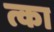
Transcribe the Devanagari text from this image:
त्का